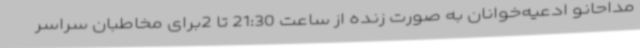
مداحانو ادعیه‌خوانان به صورت زنده از ساعت 21:30 تا 2برای مخاطبان سراسر